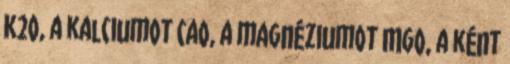
K2O, a kalciumot CaO, a magnéziumot MgO, a ként